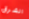
الشرق